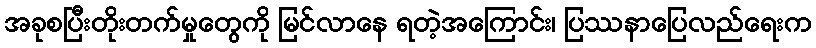
အခုစပြီးတိုးတက်မှုတွေကို မြင်လာနေ ရတဲ့အကြောင်း၊ ပြဿနာပြေလည်ရေးက